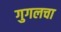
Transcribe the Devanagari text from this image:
गुगलचा